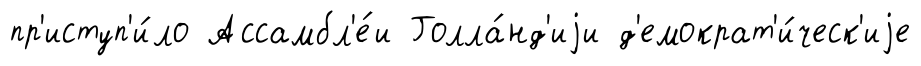
пр'иступ'и́ло Ассамбл'е́и Голла́нд'иjи д'емократ'и́ческ'иjе